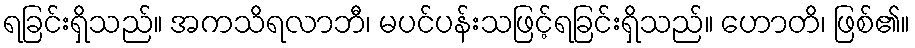
ရခြင်းရှိသည်။ အကသိရလာဘီ၊ မပင်ပန်းသဖြင့်ရခြင်းရှိသည်။ ဟောတိ၊ ဖြစ်၏။